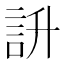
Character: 䛂